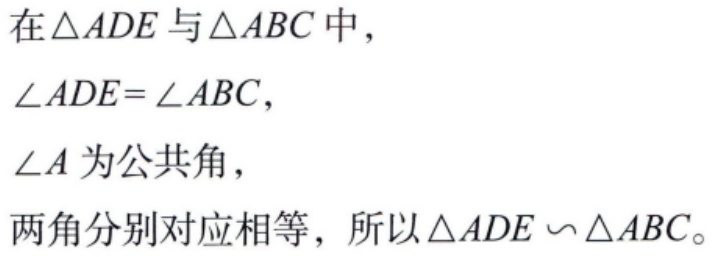
在$\triangle ADE$与$\triangle ABC$中，
$\angle ADE = \angle ABC$，
$\angle A$为公共角，
两角分别对应相等，所以$\triangle ADE \backsim \triangle ABC$。